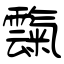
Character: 霼